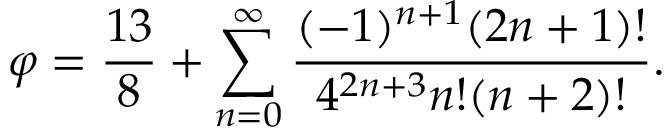
\varphi = { \frac { 1 3 } { 8 } } + \sum _ { n = 0 } ^ { \infty } { \frac { ( - 1 ) ^ { n + 1 } ( 2 n + 1 ) ! } { 4 ^ { 2 n + 3 } n ! ( n + 2 ) ! } } .